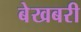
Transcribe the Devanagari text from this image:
बेखबरी